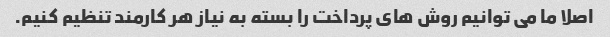
اصلا ما می توانیم روش های پرداخت را بسته به نیاز هر کارمند تنظیم کنیم.